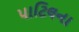
પાટિલના